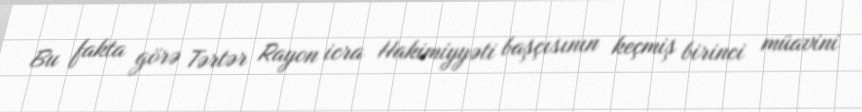
Bu fakta görə Tərtər Rayon icra Hakimiyyəti başçısının keçmiş birinci müavini